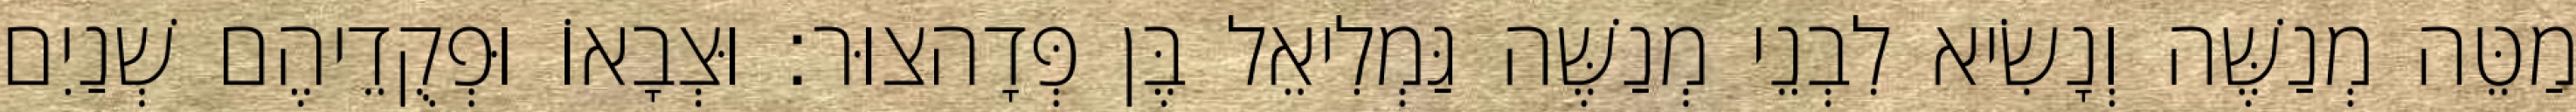
מַטֵּה מְנַשֶּׁה וְנָשִׂיא לִבְנֵי מְנַשֶּׁה גַּמְלִיאֵל בֶּן פְּדָהצוּר׃ וּצְבָאוֹ וּפְקֻדֵיהֶם שְׁנַיִם